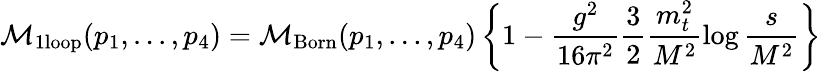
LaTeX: {\cal M}_{\mathrm{1loop}}(p_{1},...,p_{4})={\cal M}_{\mathrm{Born}}(p_{1},...,p_{4})\left\{ 1-\frac{g^{2}}{16\pi^{2}}\frac{3}{2}\frac{m_{t}^{2}}{M^{2}}\log\frac{s}{M^{2}}\right\}